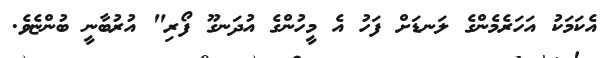
އެކަމަކު އަހަރެމެންގެ ލަނޑަށް ފަހު އެ މީހުންގެ އުދަނގޫ ފޯރި" އުރުބާނީ ބުންޏެވެ.